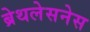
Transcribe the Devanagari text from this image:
ब्रेथलेसनेस